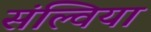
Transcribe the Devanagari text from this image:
संल्विया